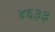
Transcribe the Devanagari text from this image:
४६३३